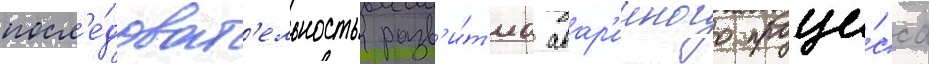
посл'е́доват'ельность разв'и́т'иа авар'ииного проце́сса